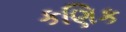
કણિક